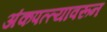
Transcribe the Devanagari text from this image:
अंकपत्त्यावरून